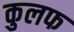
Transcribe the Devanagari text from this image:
कुलफ